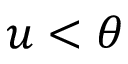
u < \theta